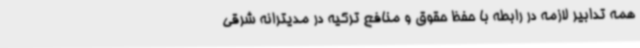
همه تدابیر لازمه در رابطه با حفظ حقوق و منافع ترکیه در مدیترانه شرقی